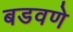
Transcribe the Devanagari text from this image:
बडवणे